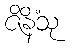
ဇိနိံသု